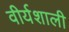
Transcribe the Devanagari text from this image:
वीर्यशाली